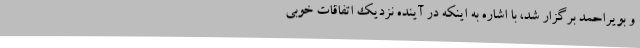
و بویراحمد برگزار شد، با اشاره به اینکه در آینده نزدیک اتفاقات خوبی